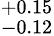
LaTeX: ^{+0.15}_{-0.12}